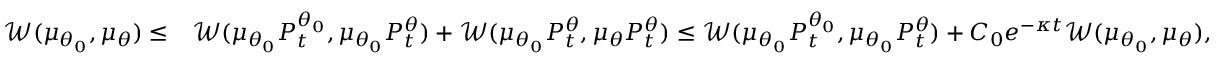
\begin{array} { r l } { \mathcal { W } ( \mu _ { \theta _ { 0 } } , \mu _ { \theta } ) \leq } & { \mathcal { W } ( \mu _ { \theta _ { 0 } } P _ { t } ^ { \theta _ { 0 } } , \mu _ { \theta _ { 0 } } P _ { t } ^ { \theta } ) + \mathcal { W } ( \mu _ { \theta _ { 0 } } P _ { t } ^ { \theta } , \mu _ { \theta } P _ { t } ^ { \theta } ) \leq \mathcal { W } ( \mu _ { \theta _ { 0 } } P _ { t } ^ { \theta _ { 0 } } , \mu _ { \theta _ { 0 } } P _ { t } ^ { \theta } ) + C _ { 0 } e ^ { - \kappa t } \mathcal { W } ( \mu _ { \theta _ { 0 } } , \mu _ { \theta } ) , } \end{array}